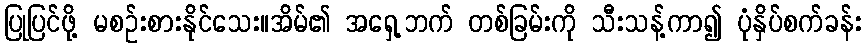
ပြုပြင်ဖို့ မစဉ်းစားနိုင်သေး။အိမ်၏ အရှေ့ဘက် တစ်ခြမ်းကို သီးသန့်ကာ၍ ပုံနှိပ်စက်ခန်း